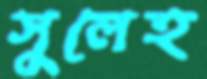
সুলেহ